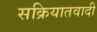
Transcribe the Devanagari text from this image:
सक्रियातवादी